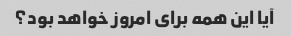
آیا این همه برای امروز خواهد بود؟